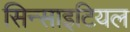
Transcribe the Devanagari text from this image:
सिन्साइटियल